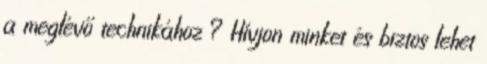
a meglévő technikához ? Hívjon minket és biztos lehet